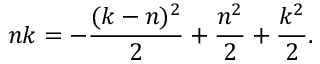
n k = - { \frac { ( k - n ) ^ { 2 } } { 2 } } + { \frac { n ^ { 2 } } { 2 } } + { \frac { k ^ { 2 } } { 2 } } .